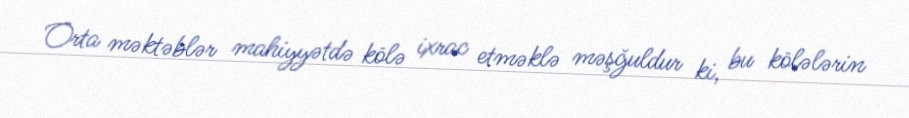
Orta məktəblər mahiyyətdə kölə ixrac etməklə məşğuldur ki, bu kölələrin